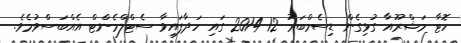
ހޮޓާ މަޝްރޫއާ ގުޅިގެން ޑިސެމްބަރު 12 2014 ގައި ހަދާފައިވާ ސެޓްލްމެންޓް އެއްބަސްވުމެވެ.